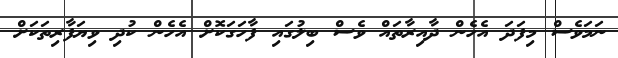
ނަމަވެސް މިފަދަ އެހެން ދާއިރާތައް ވެސް ބިލުގައި ފާހަގަކޮށް އެހެން ކުދި ވިޔަފާރިތަކަށް